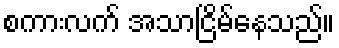
စကားလက် အသာငြိမ်နေသည်။